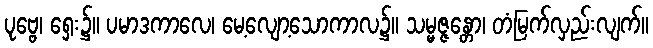
ပုဗ္ဗေ၊ ရှေး၌။ ပမာဒကာလေ၊ မေ့လျော့သောကာလ၌။ သမ္မဇ္ဇန္တော၊ တံမြက်လှည်းလျက်။